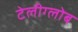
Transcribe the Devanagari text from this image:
टेलीग्लोब